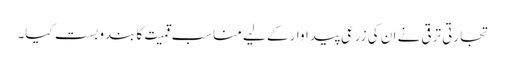
تجارتی ترقی نے ان کی زرعی پیداوار کے لیے مناسب قمیت کا بندوبست کیا۔